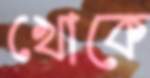
খোকে